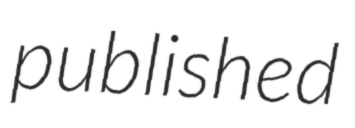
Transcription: published